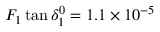
F _ { 1 } \tan { \delta _ { 1 } ^ { 0 } = { 1 . 1 \times 1 0 } ^ { - 5 } }